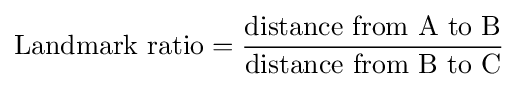
{\text{Landmark ratio}}={\frac {\text{distance from A to B}}{\text{distance from B to C}}}